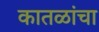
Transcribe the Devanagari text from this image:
कातळांचा